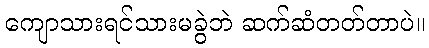
ကျောသားရင်သားမခွဲဘဲ ဆက်ဆံတတ်တာပဲ။